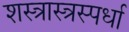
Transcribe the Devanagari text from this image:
शस्त्रास्त्रस्पर्धा